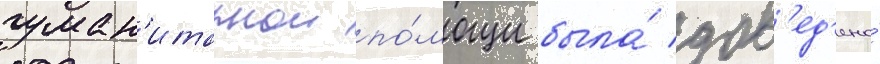
гуман'итарнои по́мощи была́ дов'ед'ена́